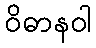
ဝိဓာနဝါ